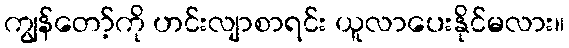
ကျွန်တော့်ကို ဟင်းလျာစာရင်း ယူလာပေးနိုင်မလား။